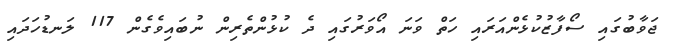
ޖަވާބުގައި ސޯފާޒުކުޅެންއަރައި ހަތް ވަނަ އޯވަރުގައި ދެ ކުޅުންތެރިން ނުބައިވެގެން 117 ލަނޑުހަދައި